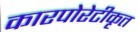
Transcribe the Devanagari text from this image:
कारपोरेटीकृत